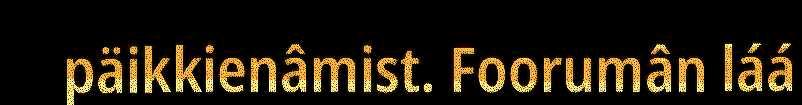
päikkienâmist. Foorumân láá